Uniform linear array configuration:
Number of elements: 4
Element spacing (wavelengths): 0.75
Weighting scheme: uniform
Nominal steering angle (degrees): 45
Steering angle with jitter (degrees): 45.692
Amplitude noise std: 0.05
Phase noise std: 0.05

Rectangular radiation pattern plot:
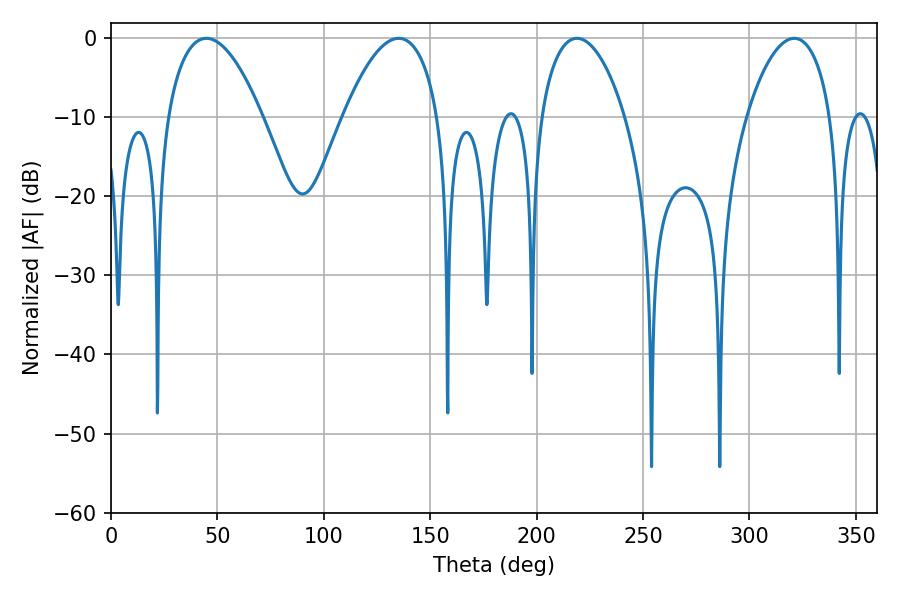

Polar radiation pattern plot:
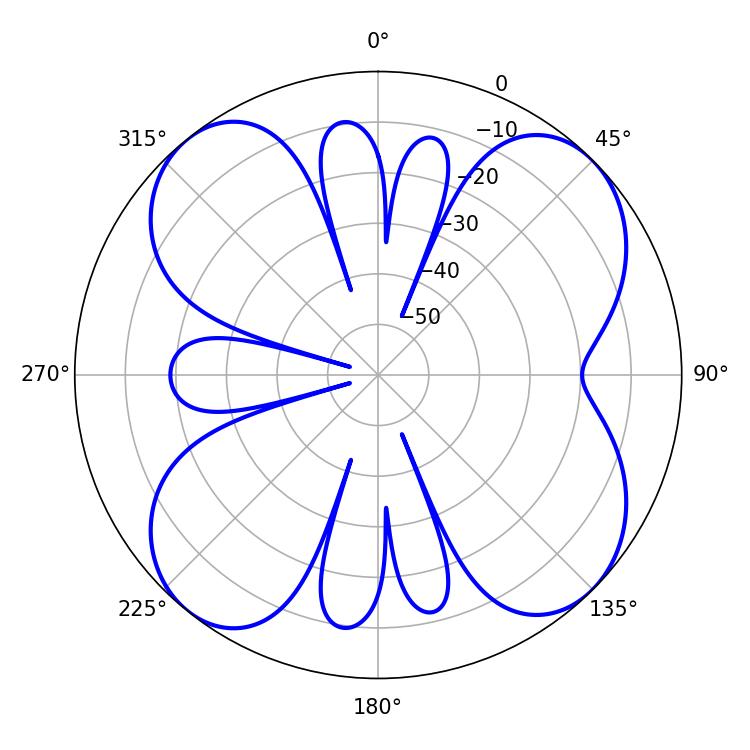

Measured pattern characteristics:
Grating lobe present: TRUE
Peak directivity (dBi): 11.551
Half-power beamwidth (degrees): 24.84
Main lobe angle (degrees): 135.18